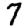
Digit: 7